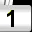
Digit: 1